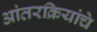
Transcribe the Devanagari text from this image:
आंतरक्रियांचे